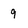
Character: 9